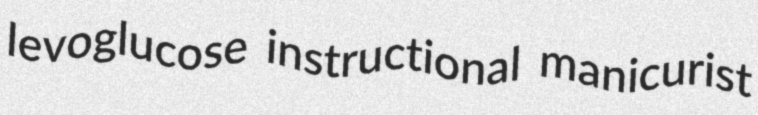
levoglucose instructional manicurist